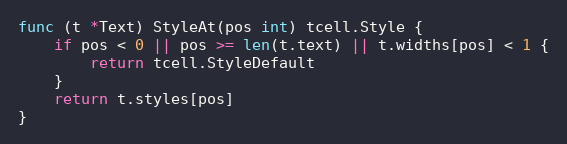
Language: Go
func (t *Text) StyleAt(pos int) tcell.Style {
	if pos < 0 || pos >= len(t.text) || t.widths[pos] < 1 {
		return tcell.StyleDefault
	}
	return t.styles[pos]
}